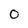
Character: O